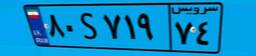
۸۰S۷۱۹۷۴